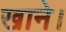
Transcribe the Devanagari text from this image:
खाने।